Plague in India, 1896, 1897 - Volume 3
Year: 1896
Disease focus: Plague
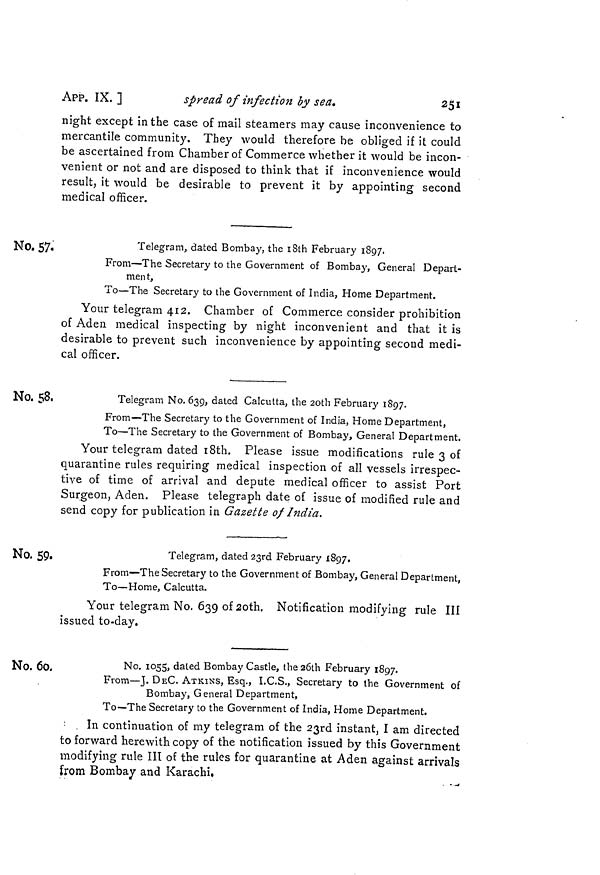
APP. IX. ]
spread of infection by sea.
251
night except in the case of mail steamers may cause inconvenience to
mercantile community. They would therefore be obliged if it could
be ascertained from Chamber of Commerce whether it would be incon-
venient or not and are disposed to think that if inconvenience would
result, it would be desirable to prevent it by appointing second
medical officer.
No. 57.
Telegram, dated Bombay, the iSth February 1897.
From—The Secretary to the Government of Bombay, General Depart-
ment,
To—The Secretary to the Government of India, Home Department.
Your telegram 412. Chamber of Commerce consider prohibition
of Aden medical inspecting by night inconvenient and that it is
desirable to prevent such inconvenience by appointing second medi-
cal officer.
No. 58,
Telegram No. 639, dated Calcutta, the 2oth February 1897.
From—The Secretary to the Government of India, Home Department,
To—The Secretary to the Government of Bombay, General Department.
Your telegram dated 18th. Please issue modifications rule 3 of
quarantine rules requiring medical inspection of all vessels irrespec-
tive of time of arrival and depute medical officer to assist Port
Surgeon, Aden. Please telegraph date of issue of modified rule and
send copy for publication in Gazette of India.
No. 59.
Telegram, dated 23rd February 1897.
From—The Secretary to the Government of Bombay, General Department,
To—Home, Calcutta.
Your telegram No. 639 of 20th. Notification modifying rule III
issued to-day.
No. 60.
No. 1055, dated Bombay Castle, the 26th February 1897.
From—J. DsC. ATKINS, Esq., I.C.S., Secretary to the Government of
Bombay, General Department,
To—The Secretary to the Government of India, Home Department.
In continuation of my telegram of the 23rd instant, I am directed
to forward herewith copy of the notification issued by this Government
modifying rule III of the rules for quarantine at Aden against arrivals
from Bombay and Karachi,